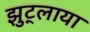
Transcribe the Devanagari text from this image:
झुट्लाया